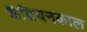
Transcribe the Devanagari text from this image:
कैंब्रियनकाल